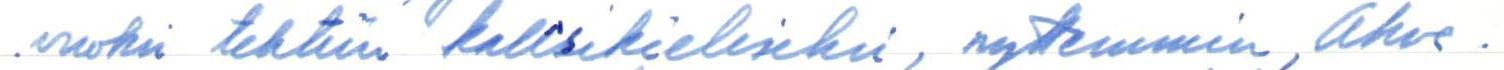
avuksi tehtiin kaksikieliseksi, nyttemmin, Ahve-